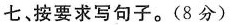
七、按要求写句子。(8分)